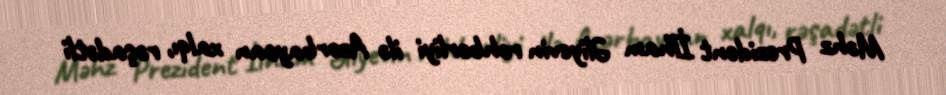
Məhz Prezident İlham Əliyevin rəhbərliyi ilə Azərbaycan xalqı, rəşadətli